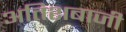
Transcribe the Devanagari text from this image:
अतिशबाजी